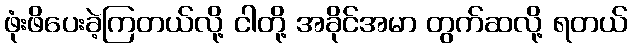
ဖုံးဖိပေးခဲ့ကြတယ်လို့ ငါတို့ အခိုင်အမာ တွက်ဆလို့ ရတယ်